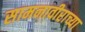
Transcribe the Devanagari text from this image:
सामनावीराच्या